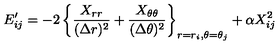
E _ { i j } ^ { \prime } = - 2 \left\{ \frac { X _ { r r } } { ( \Delta r ) ^ { 2 } } + \frac { X _ { \theta \theta } } { ( \Delta \theta ) ^ { 2 } } \right\} _ { r = r _ { i } , \theta = \theta _ { j } } + \alpha X _ { i j } ^ { 2 }